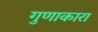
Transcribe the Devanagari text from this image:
गुणाकारा